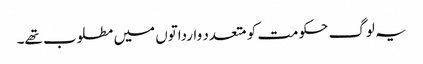
یہ لوگ حکومت کو متعدد وارداتوں میں مطلوب تھے۔